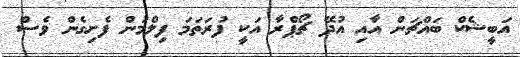
އަބީޝެކް ބައްޗަން އާއި އުދޭ ޗޯޕްރާ އަކީ ފުރަތަމަ ފިލްމުން ފެށިގެން ވެސް